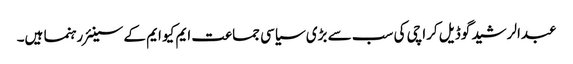
عبدالرشید گوڈیل کراچی کی سب سے بڑی سیاسی جماعت ایم کیو ایم کے سینئر رہنما ہیں۔